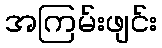
အကြမ်းဖျင်း